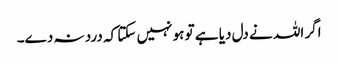
اگر اللہ نے دل دیا ہے تو ہو نہیں سکتا کہ درد نہ دے۔